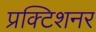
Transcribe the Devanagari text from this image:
प्रक्टिशनर